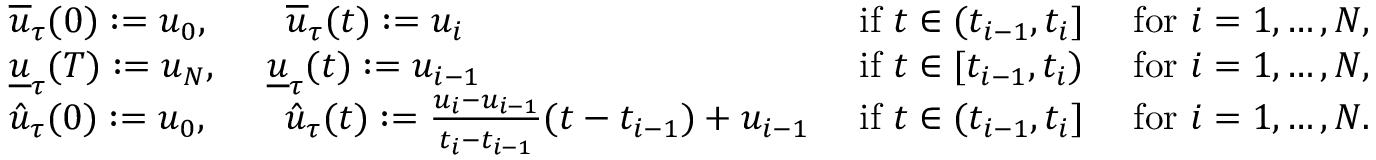
\begin{array} { r l r } & { \overline { { u } } _ { \tau } ( 0 ) : = u _ { 0 } , \quad \quad \overline { { u } } _ { \tau } ( t ) : = u _ { i } } & { \mathrm { ~ i f ~ } t \in ( t _ { i - 1 } , t _ { i } ] \quad \mathrm { ~ f o r ~ } i = 1 , \dots , N , } \\ & { \underline { { u } } _ { \tau } ( T ) : = u _ { N } , \quad \; \underline { { u } } _ { \tau } ( t ) : = u _ { i - 1 } } & { \mathrm { ~ i f ~ } t \in [ t _ { i - 1 } , t _ { i } ) \quad \mathrm { ~ f o r ~ } i = 1 , \dots , N , } \\ & { \hat { u } _ { \tau } ( 0 ) : = u _ { 0 } , \quad \quad \hat { u } _ { \tau } ( t ) : = \frac { u _ { i } - u _ { i - 1 } } { t _ { i } - t _ { i - 1 } } ( t - t _ { i - 1 } ) + u _ { i - 1 } } & { \mathrm { ~ i f ~ } t \in ( t _ { i - 1 } , t _ { i } ] \quad \mathrm { ~ f o r ~ } i = 1 , \dots , N . } \end{array}